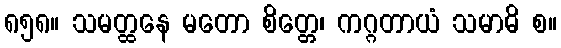
၈၅၈။ သမတ္ထနေ မတော စိတ္တေ၊ ကဂ္ဂတာယံ သမာဓိ စ။